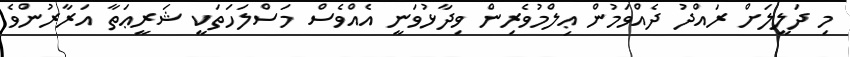
މި ދަލީލަށް ރައްދު ދެއްވަމުން ޢިލްމުވެރިން ވިދާޅުވަނީ އެއްވެސް މަސްލަހަތަކީ ޝަރީޢަތާ އަރާރުންވެ